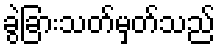
ခွဲခြားသတ်မှတ်သည်